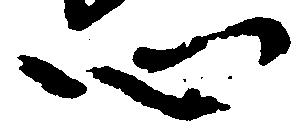
心